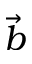
\vec { b }